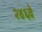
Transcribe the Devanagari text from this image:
२४६वे